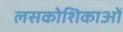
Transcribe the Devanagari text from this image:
लसकोशिकाओं